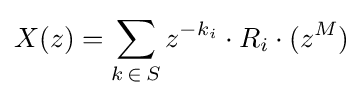
X(z)=\sum _{k\mathop {\in } S}z^{-k_{i}}\cdot R_{i}\cdot (z^{M})